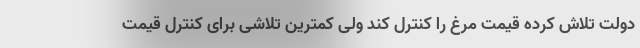
دولت تلاش کرده قیمت مرغ را کنترل کند ولی کمترین تلاشی برای کنترل قیمت